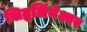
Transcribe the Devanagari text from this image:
सिद्धलिंगेश्वर